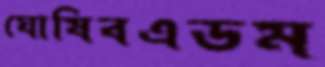
ঘোষিবএডম